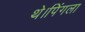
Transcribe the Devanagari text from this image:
थे।पिंगला